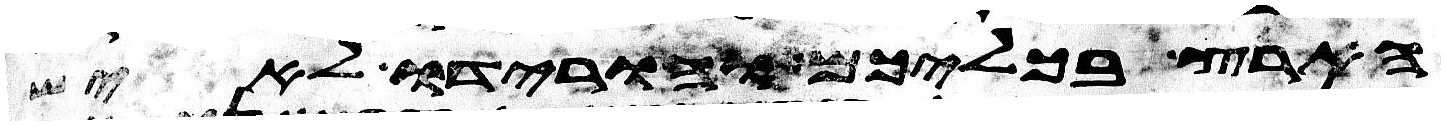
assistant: הארץ בכליכם והורידו לאיש